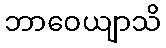
ဘာဝေယျာသိ